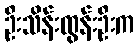
ဦးသိန်းထွန်းဦးက